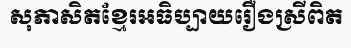
សុភាសិតខ្មែរអធិប្បាយរឿងស្រីពិត